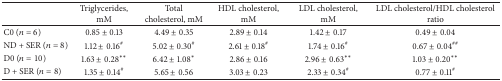
<table><thead><tr><td><b> </b></td><td><b>Triglycerides, mM</b></td><td><b>Total cholesterol, mM</b></td><td><b>HDL cholesterol, mM</b></td><td><b>LDL cholesterol, mM</b></td><td><b>LDL cholesterol/HDL cholesterol ratio</b></td></tr></thead><tbody><tr><td>C0 (<i>n</i> = 6)</td><td>0.85 ± 0.13</td><td>4.49 ± 0.35</td><td>2.89 ± 0.14</td><td>1.42 ± 0.17</td><td>0.49 ± 0.04</td></tr><tr><td>ND + SER (<i>n</i> = 8)</td><td>1.12 ± 0.16<sup>#</sup></td><td>5.02 ± 0.30<sup>#</sup></td><td>2.61 ± 0.18<sup>#</sup></td><td>1.74 ± 0.16<sup>#</sup></td><td>0.67 ± 0.04<sup>##</sup></td></tr><tr><td>D0 (<i>n</i> = 10)</td><td>1.63 ± 0.28<sup><i>∗∗</i></sup></td><td>6.42 ± 1.08<sup><i>∗</i></sup></td><td>2.86 ± 0.16</td><td>2.96 ± 0.63<sup><i>∗∗</i></sup></td><td>1.03 ± 0.20<sup><i>∗∗</i></sup></td></tr><tr><td>D + SER (<i>n</i> = 8)</td><td>1.35 ± 0.14<sup>#</sup></td><td>5.65 ± 0.56</td><td>3.03 ± 0.23</td><td>2.33 ± 0.34<sup>#</sup></td><td>0.77 ± 0.11<sup>#</sup></td></tr></tbody></table>